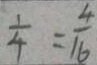
\frac { 1 } { 4 } = \frac { 4 } { 1 6 }